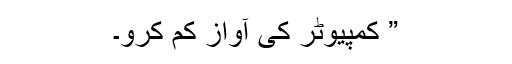
” کمپیوٹر کی آواز کم کرو۔